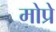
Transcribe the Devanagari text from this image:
मोप्रे